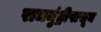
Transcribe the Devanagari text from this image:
राजमुंड्रीपासून